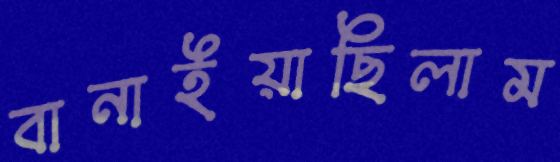
বানাইয়াছিলাম